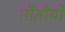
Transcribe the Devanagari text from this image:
नीतीयों